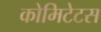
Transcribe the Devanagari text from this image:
कोमिटेटस